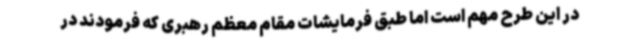
در این طرح مهم است اما طبق فرمایشات مقام معظم رهبری که فرمودند در